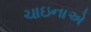
ચાઇનાએ